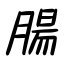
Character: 腸